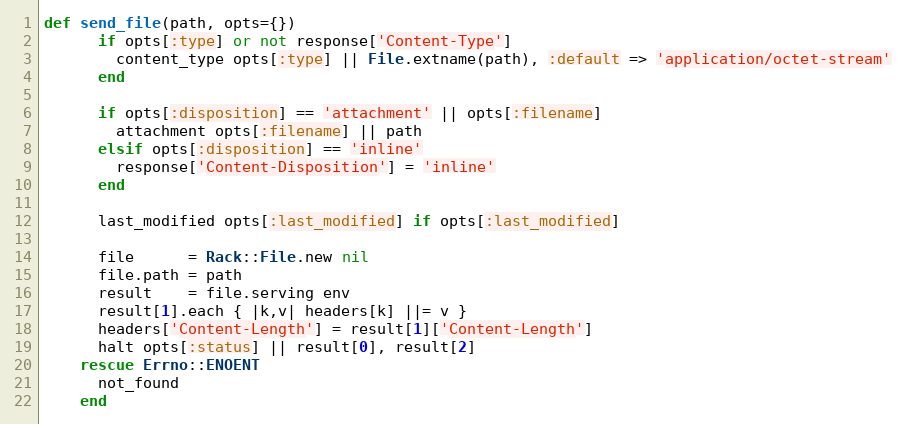
Language: Ruby
def send_file(path, opts={})
      if opts[:type] or not response['Content-Type']
        content_type opts[:type] || File.extname(path), :default => 'application/octet-stream'
      end

      if opts[:disposition] == 'attachment' || opts[:filename]
        attachment opts[:filename] || path
      elsif opts[:disposition] == 'inline'
        response['Content-Disposition'] = 'inline'
      end

      last_modified opts[:last_modified] if opts[:last_modified]

      file      = Rack::File.new nil
      file.path = path
      result    = file.serving env
      result[1].each { |k,v| headers[k] ||= v }
      headers['Content-Length'] = result[1]['Content-Length']
      halt opts[:status] || result[0], result[2]
    rescue Errno::ENOENT
      not_found
    end